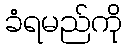
ခံရမည်ကို